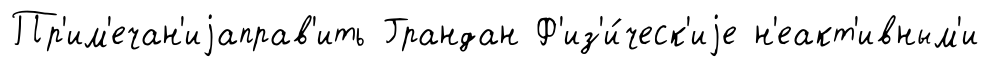
Пр'им'ечан'иjаправ'ить Грандан Ф'из'и́ческ'иjе н'еакт'ивным'и